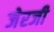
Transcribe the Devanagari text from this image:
जेरजी